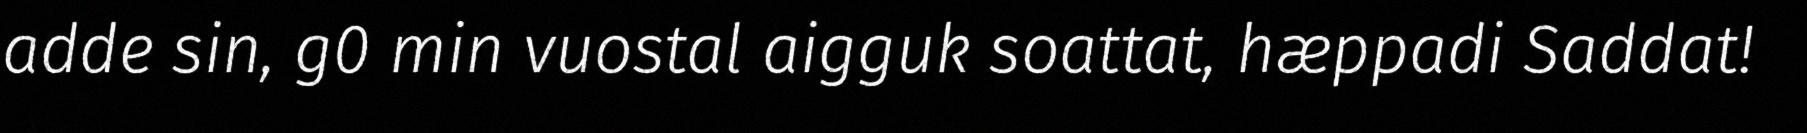
adde sin, g0 min vuostal aigguk soattat, hæppadi Saddat!